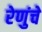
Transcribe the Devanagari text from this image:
रेणुंचे